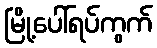
မြို့ပေါ်ရပ်ကွက်